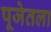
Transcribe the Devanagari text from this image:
पूजेतला